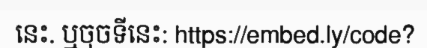
នេះ. ឬចុចទីនេះ: https://embed.ly/code?